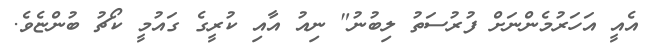
އެއީ އަހަރުމެންނަށް ފުރުސަތު ލިބުނު" ނިއު އާއި ކުރީގެ ގައުމީ ކޯޗު ބުންޏެވެ.